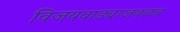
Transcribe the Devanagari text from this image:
विजयवाड्याजवळच